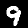
Digit: 9